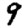
Digit: 9